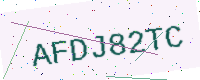
Text: AFDJ82TC